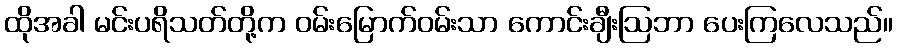
ထိုအခါ မင်းပရိသတ်တို့က ဝမ်းမြောက်ဝမ်းသာ ကောင်းချီးဩဘာ ပေးကြလေသည်။